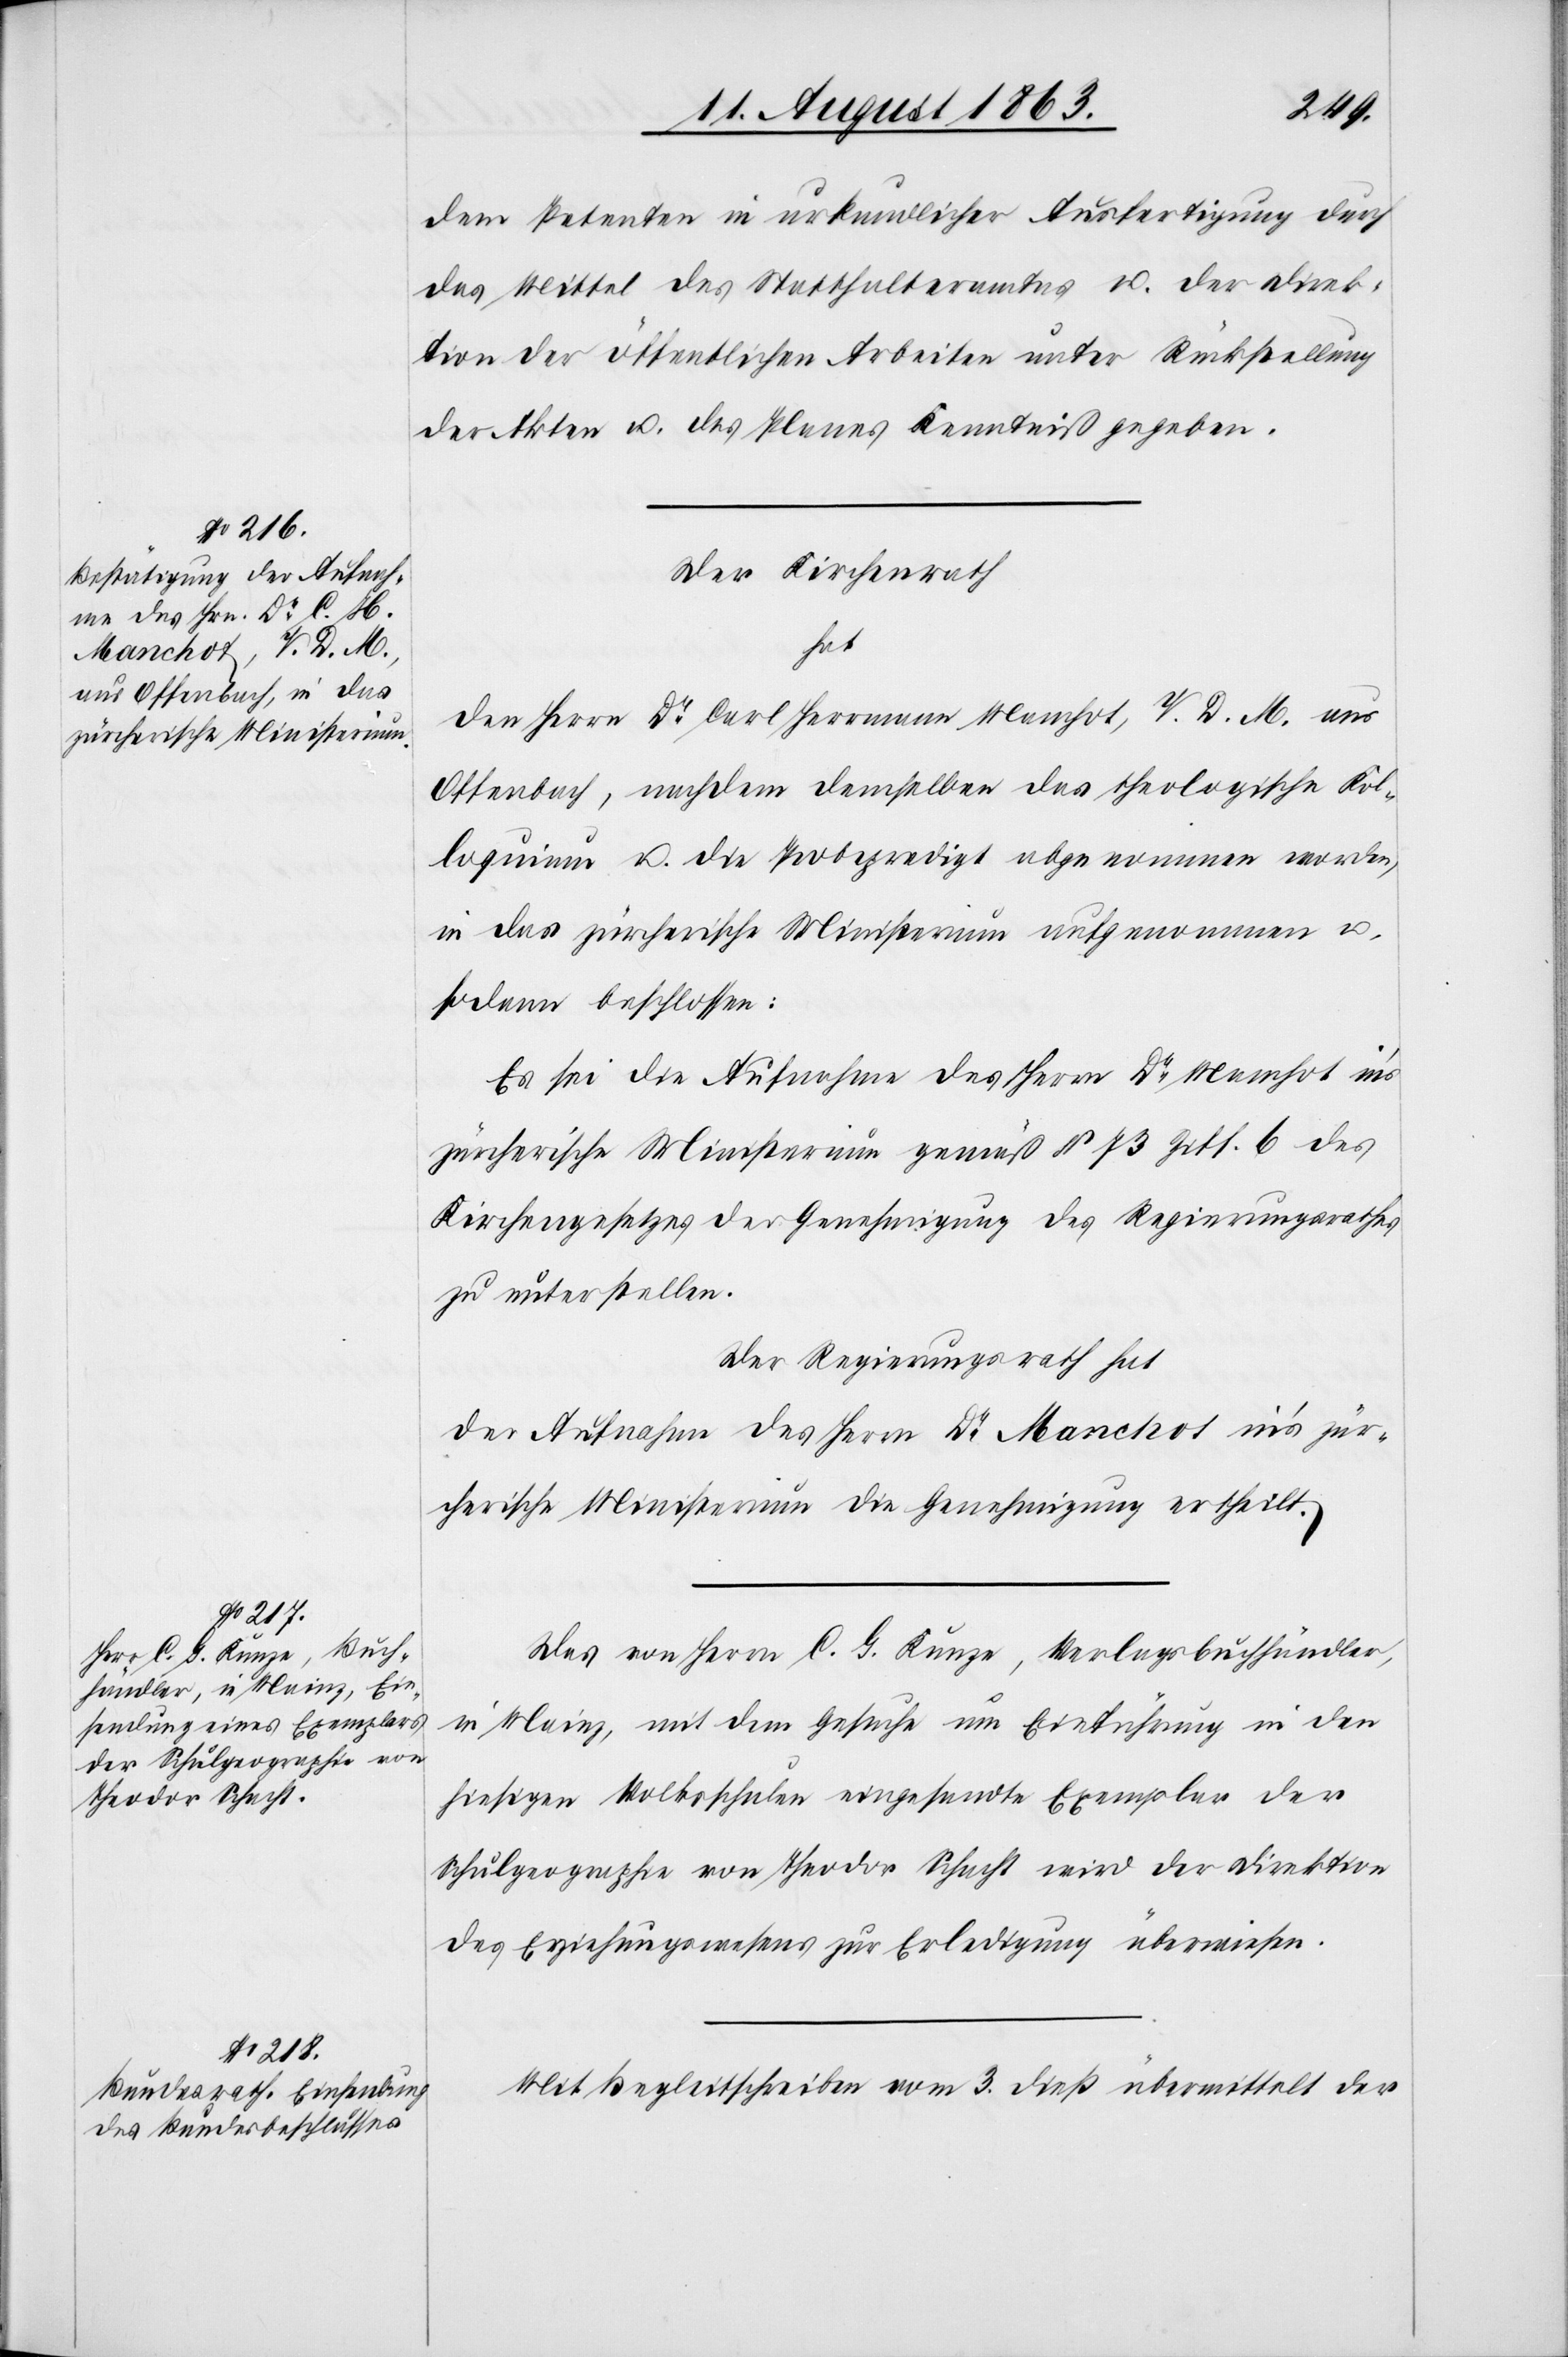
dem Petenten in urkundlicher Ausfertigung durch
das Mittel des Statthalteramtes u. der Direk¬
tion der öffentlichen Arbeiten unter Rückstellung
der Akten u. des Planes Kenntniß gegeben.
Der Kirchenrath
hat
den Herrn Dr Carl Herrmann Manchot, V. D. M. aus
Offenbach, nachdem demselben das theologische Kol¬
loquium u. die Probepredigt abgenommen worden,
in das zürcherische Ministerium aufgenommen u.
sodann beschlossen:
Es sei die Aufnahme des Herrn Dr Manchot in's
zürcherische Ministerium gemäß § 73 Ziff. 6 des
Kirchengesetzes der Genehmigung des Regierungsrathes
zu unterstellen.
Der Regierungsrath hat
der Aufnahme des Herrn Dr Manchot in's zür¬
cherische Ministerium die Genehmigung ertheilt.
Das von Herrn C. G. Kunze, Verlagsbuchhändler,
in Mainz, mit dem Gesuche um Einführung in den
hiesigen Volksschulen eingesandte Exemplar der
Schulgeographie von Theodor Schacht wird der Direktion
des Erziehungswesens zur Erledigung überwiesen.
Mit Begleitschreiben vom 3. dieß übermittelt der